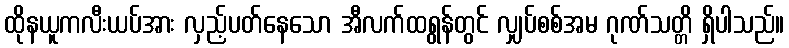
ထိုနယူကလီးယပ်အား လှည့်ပတ်နေသော အီလက်ထရွန်တွင် လျှပ်စစ်အမ ဂုဏ်သတ္တိ ရှိပါသည်။